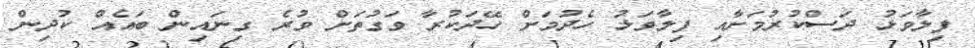
ފިލާވަޅު ދަސްކުރުމަށާއި ފިލާވަޅު ހެދުމަށް ހޭދަކުރާ ވަގުތަށް ވުރެ ގިނައިން ބައެއް ކުދިން